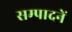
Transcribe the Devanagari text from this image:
सम्पादनें